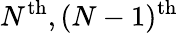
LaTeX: N^{\mathrm{th}},(N-1)^{\mathrm{th}}